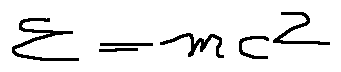
E = m c ^ { 2 }